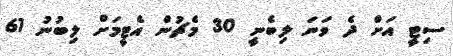
ސިޓީ އަށް ދެ ވަނަ ލިބެނީ 30 މެޗުން އެޓީމަށް ލިބުނު 61